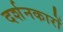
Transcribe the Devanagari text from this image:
दर्शनकारों